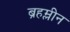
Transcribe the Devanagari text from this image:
ब्रहम्लीन